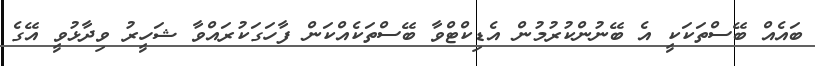
ބައެއް ބޭސްތަކަކީ އެ ބޭނުންކުރުމުން އެޑިކްޓްވާ ބޭސްތަކެއްކަން ފާހަގަކުރައްވާ ޝަހީރު ވިދާޅުވީ އޭގެ